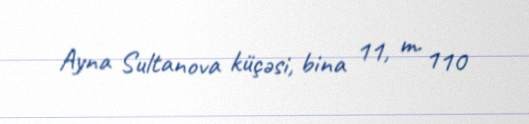
Ayna Sultanova küçəsi, bina 11, m. 110